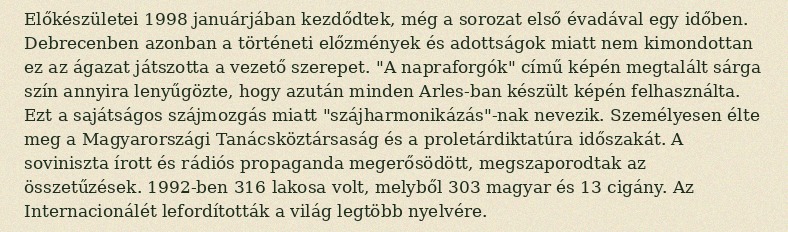
Előkészületei 1998 januárjában kezdődtek, még a sorozat első évadával egy időben. Debrecenben azonban a történeti előzmények és adottságok miatt nem kimondottan ez az ágazat játszotta a vezető szerepet. "A napraforgók" című képén megtalált sárga szín annyira lenyűgözte, hogy azután minden Arles-ban készült képén felhasználta. Ezt a sajátságos szájmozgás miatt "szájharmonikázás"-nak nevezik. Személyesen élte meg a Magyarországi Tanácsköztársaság és a proletárdiktatúra időszakát. A soviniszta írott és rádiós propaganda megerősödött, megszaporodtak az összetűzések. 1992-ben 316 lakosa volt, melyből 303 magyar és 13 cigány. Az Internacionálét lefordították a világ legtöbb nyelvére.